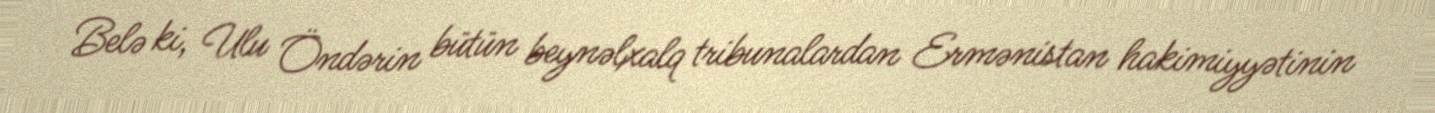
Belə ki, Ulu Öndərin bütün beynəlxalq tribunalardan Ermənistan hakimiyyətinin